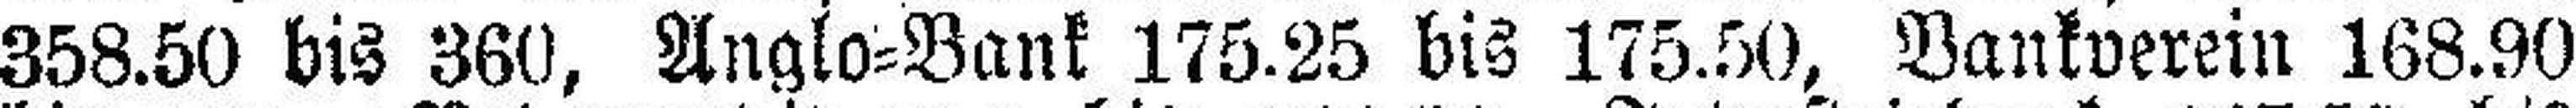
358.50 bis 380, Anglo=Bank 175.25 bis 175.50, Bankverein 168.90